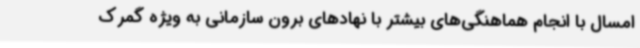
امسال با انجام هماهنگی‌های بیشتر با نهادهای برون سازمانی به ویژه گمرک